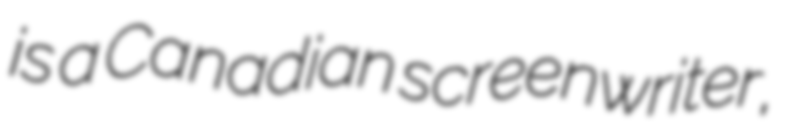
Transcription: is a Canadian screenwriter,